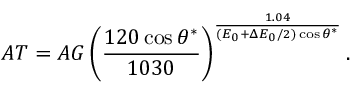
A T = A G \left( \frac { 1 2 0 \cos \theta ^ { * } } { 1 0 3 0 } \right) ^ { \frac { 1 . 0 4 } { ( E _ { 0 } + \Delta E _ { 0 } / 2 ) \cos \theta ^ { * } } } .